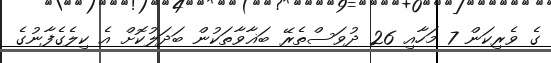
ގެ ވެރިކަން 7 މަހާއި 26 ދުވަސްތެރޭ ބަޣާވާތަކުން ބަދަލުކޮށް އެ ކިލެގެފާނުގެ